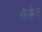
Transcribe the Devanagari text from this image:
ओर्कुट